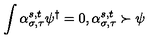
\int \alpha _ { \sigma , \tau } ^ { s , t } \psi ^ { \dagger } = 0 , \alpha _ { \sigma , \tau } ^ { s , t } \succ \psi